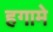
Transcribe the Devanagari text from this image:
हगामे